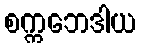
စက္ကဘေဒါယ